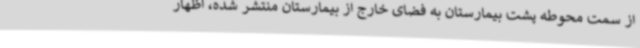
از سمت محوطه پشت بیمارستان به فضای خارج از بیمارستان منتشر شده، اظهار